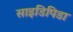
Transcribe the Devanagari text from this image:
साइडिपिडा